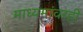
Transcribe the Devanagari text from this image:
माध्यमांवरही